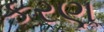
કરણૢ